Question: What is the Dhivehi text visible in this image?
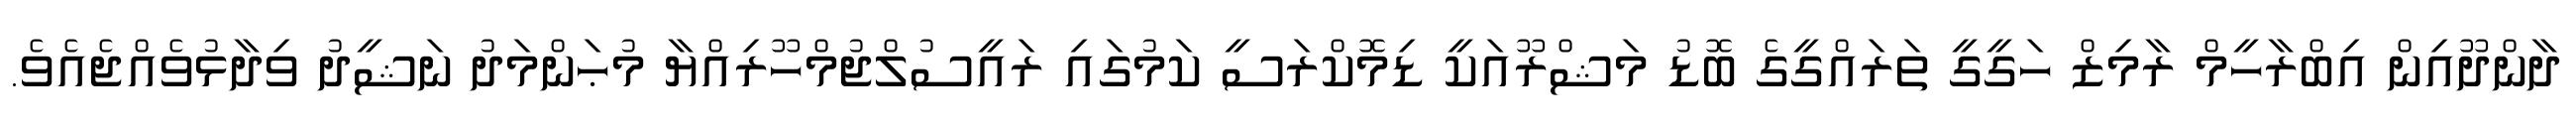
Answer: ދާންދޫއިން އިބްރާހީމް ރާމިޒް ހަގީގީ ތަރައްގީގެ ބޮޑު މަޝްރޫއަކީ ޑިމޮކްރަސީ ކަމުގައި ރައީސުލްޖުމްހޫރިއްޔާ މުޙަންމަދު ނަޝީދު ވިދާޅުވެއްޖެއެވެ.